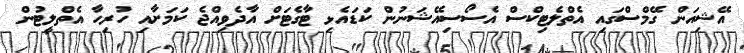
އޭޝިއަން ގޭމްސްގައި އެތްލެޓިކްސް އެސޯސިއޭޝަނުން ކަޑައެޅި ޓާގެޓަށް އާދެވިއްޖެ ކަމަށާއި ހުރިހާ އެތްލީޓުން